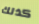
كذلك